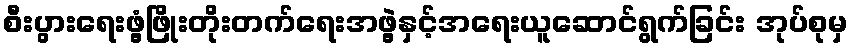
စီးပွားရေးဖွံ့ဖြိုးတိုးတက်ရေးအဖွဲ့နှင့်အရေးယူဆောင်ရွက်ခြင်း အုပ်စုမှ